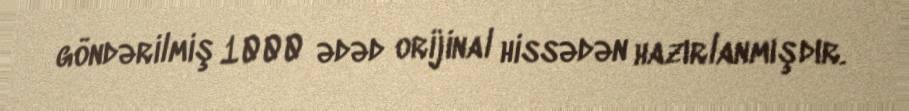
göndərilmiş 1000 ədəd orijinal hissədən hazırlanmışdır.